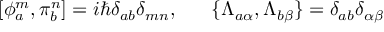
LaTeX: [ \phi _ { a } ^ { m } , \pi _ { b } ^ { n } ] = i \hbar \delta _ { a b } \delta _ { m n } , \; \; \; \; \; \; \{ \Lambda _ { a \alpha } , \Lambda _ { b \beta } \} = \delta _ { a b } \delta _ { \alpha \beta }